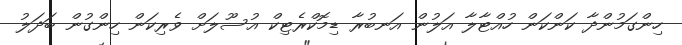
ހިންގަމުންދާ ކަންކަން ހުއްޓާލާ އަލުން އަނބުރާ ޑިމޮކްރެޓިކް އުސޫލަށް ވެރިކަން ހިންގުން ބަދަލު